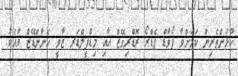
ކުޅުންތެރިން ކަމަށްވާ ފޯވާޑް ޕެޑްރޯ ރޮޑްރިގޭޒް އާއި މިޑްފީލްޑަރ ޒާވީ ހެނާންޑޭޒް އާއެކު.